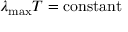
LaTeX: \lambda _ { \mathrm { m a x } } T = \mathrm { c o n s t a n t }